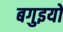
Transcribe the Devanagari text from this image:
बगुइयो